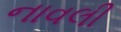
નાવલી